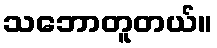
သဘောတူတယ်။